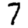
Digit: 7